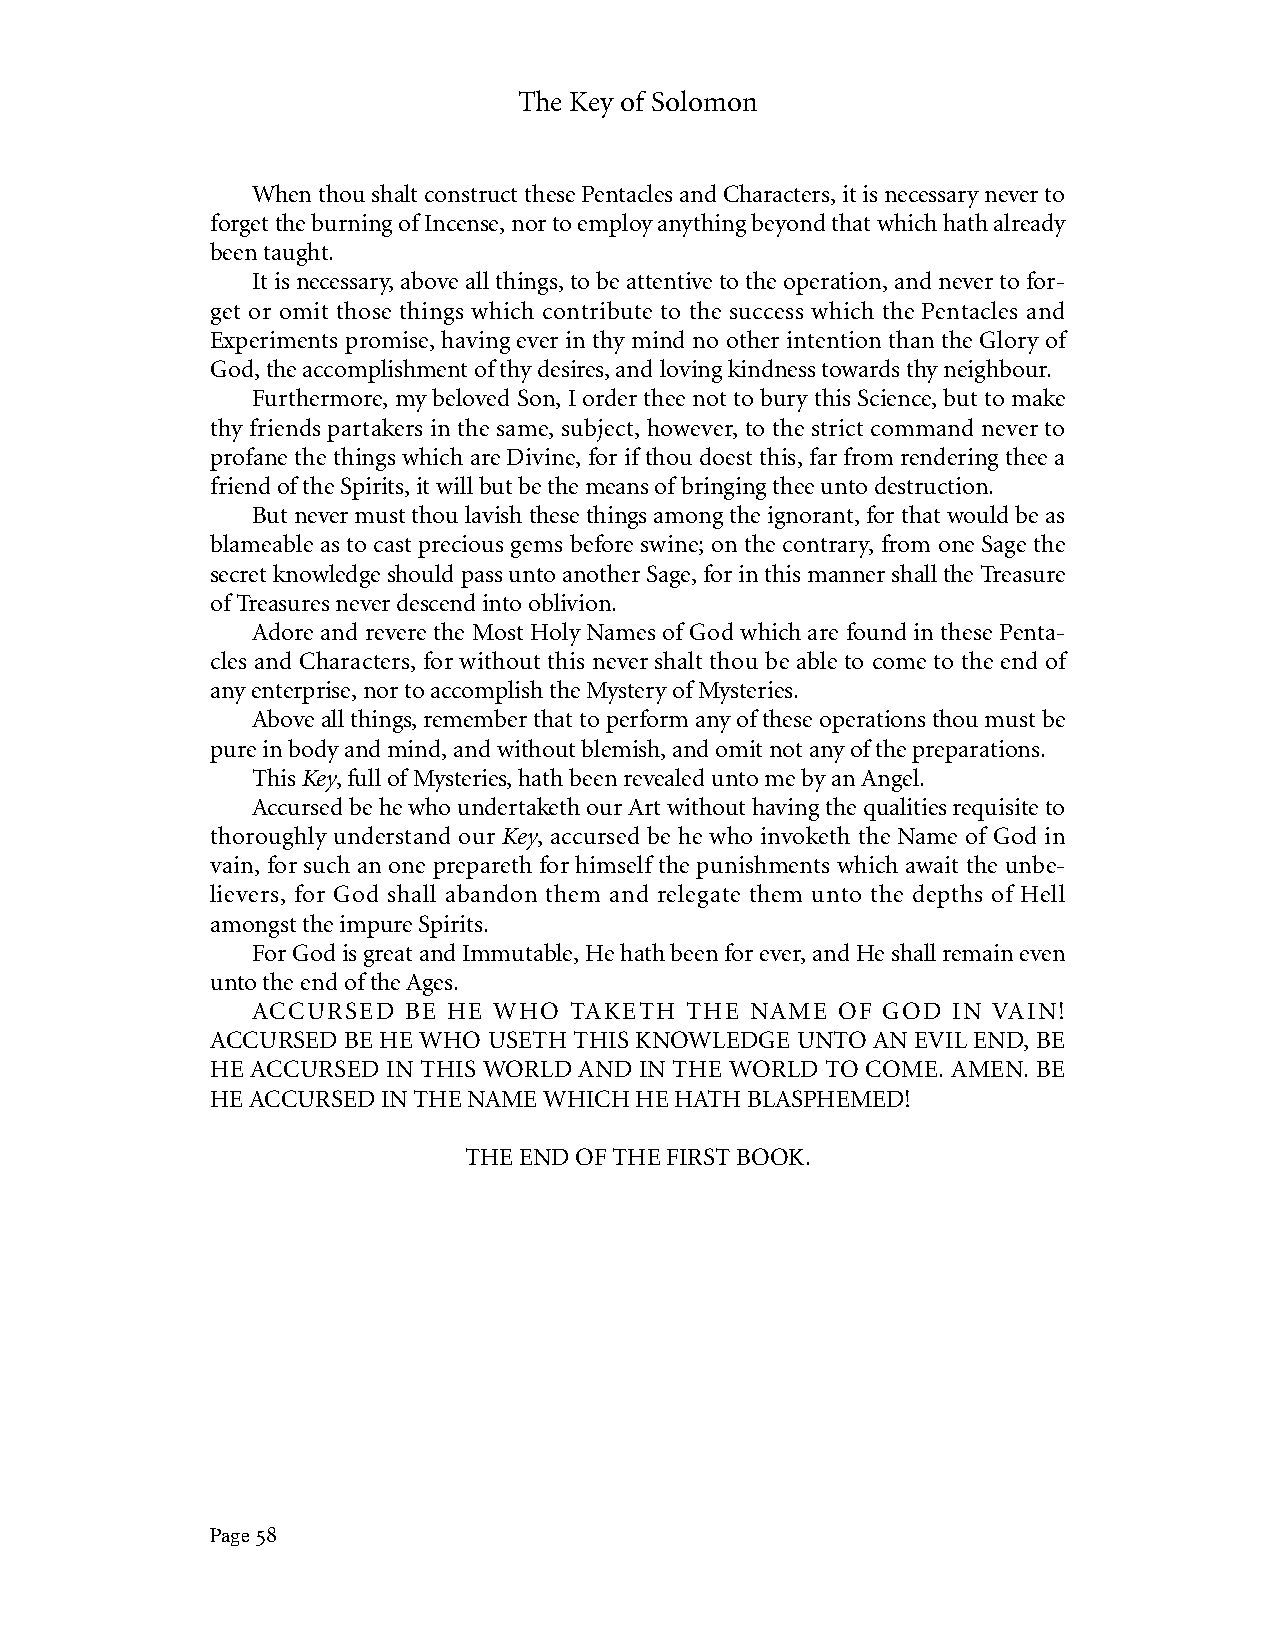
The Key of Solomon
 When thou shalt construct these Pentacles and Characters, it is necessary never to
 forget the burning of Incense, nor to employ anything beyond that which hath already
 been taught.
 It is necessary, above all things, to be attentive to the operation, and never to for-
 get or omit those things which contribute to the success which the Pentacles and
 Experiments promise, having ever in thy mind no other intention than the Glory of
 God, the accomplishment of thy desires, and loving kindness towards thy neighbour.
 Furthermore, my beloved Son, I order thee not to bury this Science, but to make
 thy friends partakers in the same, subject, however, to the strict command never to
 profane the things which are Divine, for if thou doest this, far from rendering thee a
 friend of the Spirits, it will but be the means of bringing thee unto destruction.
 But never must thou lavish these things among the ignorant, for that would be as
 blameable as to cast precious gems before swine; on the contrary, from one Sage the
 secret knowledge should pass unto another Sage, for in this manner shall the Treasure
 of Treasures never descend into oblivion.
 Adore and revere the Most Holy Names of God which are found in these Penta-
 cles and Characters, for without this never shalt thou be able to come to the end of
 any enterprise, nor to accomplish the Mystery of Mysteries.
 Above all things, remember that to perform any of these operations thou must be
 pure in body and mind, and without blemish, and omit not any of the preparations.
 This Key, full of Mysteries, hath been revealed unto me by an Angel.
 Accursed be he who undertaketh our Art without having the qualities requisite to
 thoroughly understand our Key, accursed be he who invoketh the Name of God in
 vain, for such an one prepareth for himself the punishments which await the unbe-
 lievers, for God shall abandon them and relegate them unto the depths of Hell
 amongst the impure Spirits.
 For God is great and Immutable, He hath been for ever, and He shall remain even
 unto the end of the Ages.
 ACCURSED  BE HE WHO  TAKETH THE  NAME OF GOD  IN VAIN!
 ACCURSED BE HE WHO USETH THIS KNOWLEDGE UNTO AN EVIL END, BE
 HE ACCURSED IN THIS WORLD AND IN THE WORLD TO COME. AMEN. BE
 HE ACCURSED IN THE NAME WHICH HE HATH BLASPHEMED!
 THE END OF THE FIRST BOOK.
 Page 58